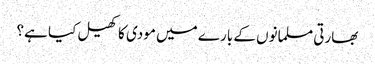
بھارتی مسلمانوں کے بارے میں مودی کا کھیل کیا ہے؟